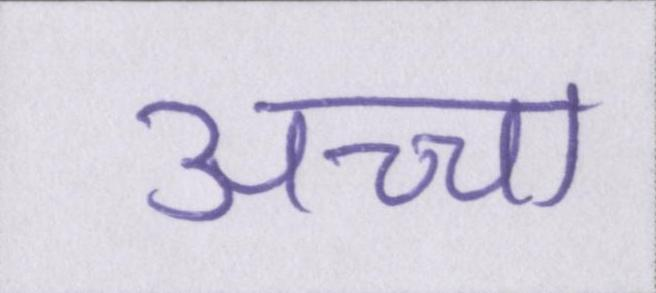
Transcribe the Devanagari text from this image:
अच्चा